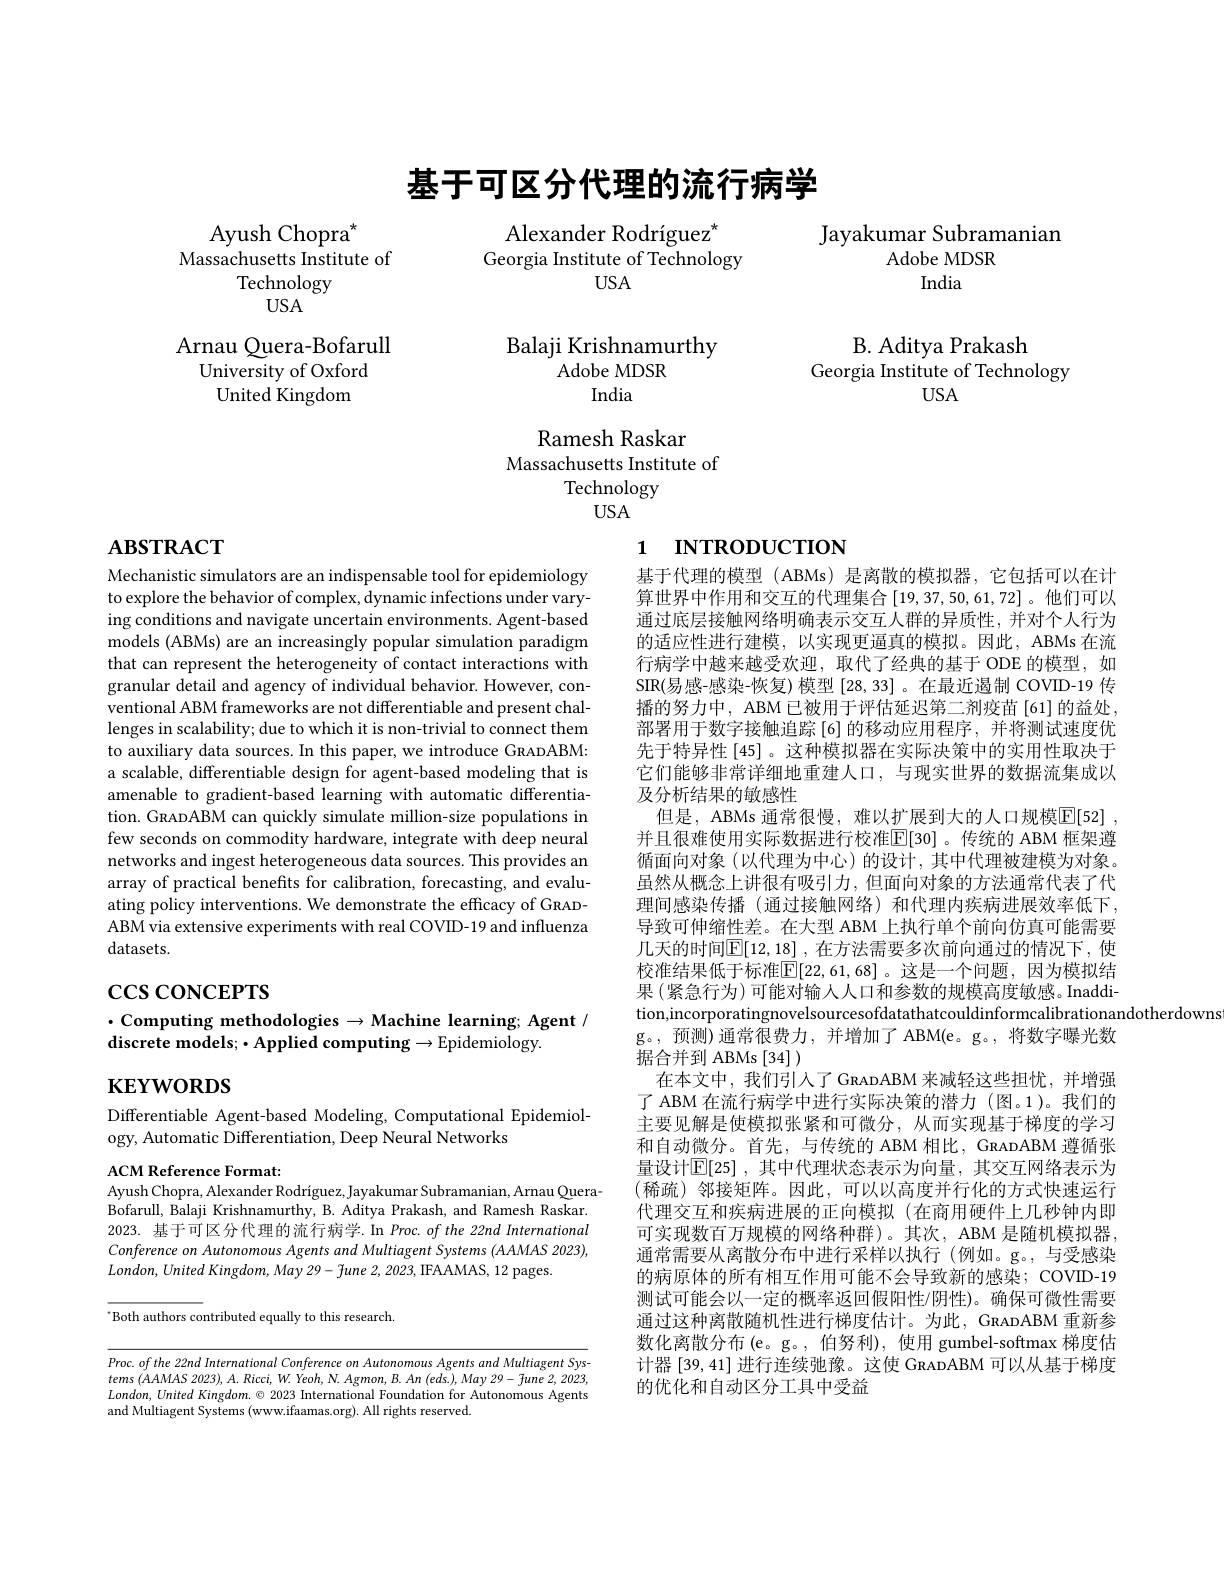
Ayush Chopra$^*$
Massachusetts Institute of
Technology
USA

Arnau Quera-Bofarull
University of Oxford
${\mathrm{United~Kingdom}}$

# 基于可区分代理的流行病学

Alexander Rodríguez'
Georgia Institute of Technology
$USA$

## Balaji Krishnamurthy Adobe MDSR India

Ramesh Raskar
Massachusetts Institute of
Technology
USA

# 1 INTRODUCTION

Jayakumar Subramanian
${\mathrm{Adobe~MDSR}}$
India

B. Aditya Prakash
Georgia Institute of Technology
USA

# $\mathbf{ABSTRACT}$

Mechanistic simulators are an indispensable tool for epidemiology to explore the behavior of complex, dynamic infections under varying conditions and navigate uncertain environments. Agent-based models (ABMs) are an increasingly popular simulation paradigm that can represent the heterogeneity of contact interactions with granular detail and agency of individual behavior. However, conventional ABM frameworks are not differentiable and present challenges in scalability; due to which it is non-trivial to connect them to auxiliary data sources. In this paper, we introduce GRADABM: a scalable, differentiable design for agent-based modeling that is amenable to gradient-based learning with automatic differentiation. GRADABM can quickly simulate million-size populations in few seconds on commodity hardware, integrate with deep neural networks and ingest heterogeneous data sources. This provides an array of practical benefits for calibration, forecasting, and evaluating policy interventions. We demonstrate the efficacy of GRADABM via extensive experiments with real COVID-19 and influenza datasets.

# $\csc$coNCEPTS

## $\cdot$Computing methodologies$\to$Machine learning; Agent / discrete models; $\bullet$Applied computing$\to$Epidemiology.

$\mathbf{KEYWORDS}$

Differentiable Agent-based Modeling, Computational Epidemiol-
ogy, Automatic Differentiation, Deep Neural Networks

ACM Reference Format:
Ayush Chopra, Alexander Rodríguez, Jayakumar Subramanian, Arnau QueraBofarull, Balaji Krishnamurthy, B. Aditya Prakash, and Ramesh Raskar. 2023. 基于可区分代理的流行病学.In Proc. of the 22nd International Conference on Autonomous Agents and Multiagent Systems (AAMAS 2023), $London,United$ King$dom,May29-\tilde{f}une$ 2, 2023, IFAAMAS, 12 pages.

$^{*}$Both authors contributed equally to this research.

Proc. of the 22nd International Conference on Autonomous Agents and Multiagent Systems $( AAMAS$ $2023) , A. Ricci, W. Yeoh, N. Agmon, B. An$ $( eds) , May$ $29- fune$ 2, 2023, $London,United$ King$dom.\odot2023$ International Foundation for Autonomous Agents and Multiagent Systems (www.ifaamas.org). All rights reserved.

基于代理的模型(ABMs)是离散的模拟器，它包括可以在计算世界中作用和交互的代理集合[19,37,50,61,72]。他们可以通过底层接触网络明确表示交互人群的异质性，并对个人行为的适应性进行建模，以实现更逼真的模拟。因此，ABMs 在流行病学中越来越受欢迎，取代了经典的基于 ODE 的模型，如SIR(易感-感染-恢复) 模型[28,33] 。在最近遏制 COVID-19 传播的努力中，ABM 已被用于评估延迟第二剂疫苗[61]的益处， 部署用于数字接触追踪[6]的移动应用程序，并将测试速度优先于特异性[45] 。这种模拟器在实际决策中的实用性取决于它们能够非常详细地重建人口，与现实世界的数据流集成以及分析结果的敏感性
但是，ABMs 通常很慢，难以扩展到大的人口规模$\overline {\mathbb{E} }[ 52]$ , 并且很难使用实际数据进行校准$\overline{\mathbb{E}}[30]$ 。传统的 ABM 框架遵循面向对象(以代理为中心)的设计，其中代理被建模为对象。虽然从概念上讲很有吸引力，但面向对象的方法通常代表了代理问感染传播 (通过接触网络)和代理内疾病进展效率低下， 导致可伸缩性差。在大型 ABM 上执行单个前向仿真可能需要几天的时间$\boxed{\mathbb{E}}[12,18]$ ,在方法需要多次前向通过的情况下，使校准结果低于标准$\boxed{\mathbb{E}}[22,61,68]$。这是一个问题，因为模拟结果 (紧急行为) 可能对输人人口和参数的规模高度敏感。Inaddition,incorporatingnovelsourcesofdatathatcouldinformcalibrationandotherdowns
g。,预测)通常很费力，并增加了 ABM(e。g。,将数字曝光数
据合并到 ABMs [34] )
在本文中，我们引人了 GRADABM 来减轻这些担忧，并增强了 ABM 在流行病学中进行实际决策的潜力 (图。1)。我们的主要见解是使模拟张紧和可微分，从而实现基于梯度的学习和自动微分。首先，与传统的 ABM 相比，GRADABM 遵循张量设计$\mathbb{E} [ 25]$ , 其中代理状态表示为向量，其交互网络表示为(稀疏)邻接矩阵。因此，可以以高度并行化的方式快速运行代理交互和疾病进展的正向模拟(在商用硬件上几秒钟内即可实现数百万规模的网络种群)。其次，ABM 是随机模拟器， 通常需要从离散分布中进行采样以执行(例如。g。,与受感染的病原体的所有相互作用可能不会导致新的感染；COVID-19测试可能会以一定的概率返回假阳性/阴性)。确保可微性需要通过这种离散随机性进行梯度估计。为此，GRADABM 重新参数化离散分布(e。g。, 伯努利), 使用 gumbel-softmax 梯度估计器[39,41]进行连续驰豫。这使 GRADABM 可以从基于梯度的优化和自动区分工具中受益